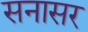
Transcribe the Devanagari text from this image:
सनासर